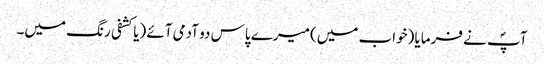
آپؐ نے فرمایا (خواب میں) میرے پاس دو آدمی آئے (یا کشفی رنگ میں۔